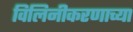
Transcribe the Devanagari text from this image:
विलिनीकरणाच्या